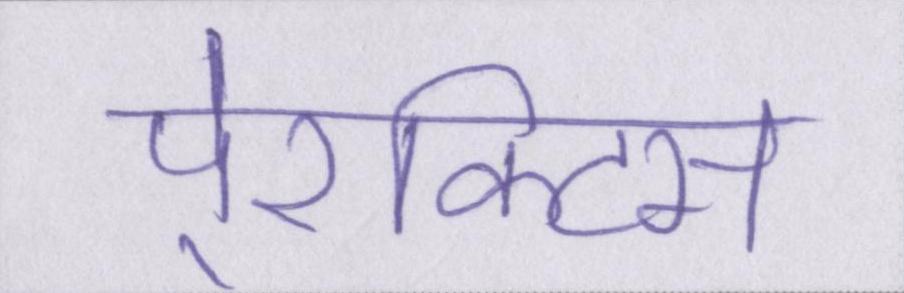
पे्रक्टिस